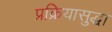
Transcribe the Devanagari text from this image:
प्रक्रियासुद्धा